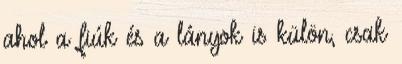
ahol a fiúk és a lányok is külön, csak